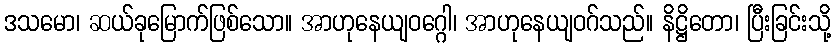
ဒသမော၊ ဆယ်ခုမြောက်ဖြစ်သော။ အာဟုနေယျဝဂ္ဂေါ၊ အာဟုနေယျဝဂ်သည်။ နိဋ္ဌိတော၊ ပြီးခြင်းသို့